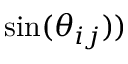
\sin ( \theta _ { i j } ) )